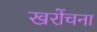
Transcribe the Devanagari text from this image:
खरोंचना